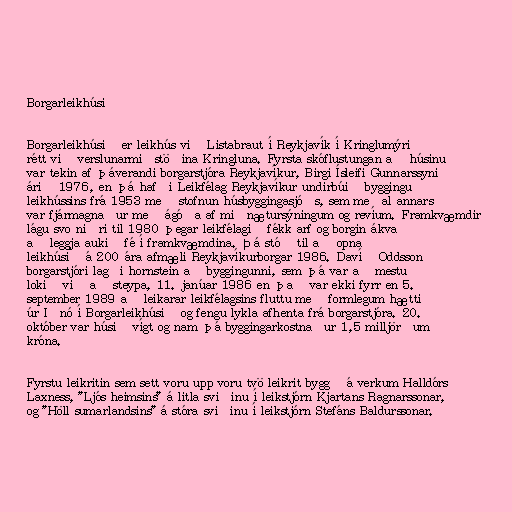
Borgarleikhúsið

Borgarleikhúsið er leikhús við Listabraut í Reykjavík í Kringlumýri
rétt við verslunarmiðstöðina Kringluna. Fyrsta skóflustungan að húsinu
var tekin af þáverandi borgarstjóra Reykjavíkur, Birgi Ísleifi Gunnarssyni
árið 1976, en þá hafði Leikfélag Reykjavíkur undirbúið byggingu
leikhússins frá 1953 með stofnun húsbyggingasjóðs, sem meðal annars
var fjármagnaður með ágóða af miðnætursýningum og revíum. Framkvæmdir
lágu svo niðri til 1980 þegar leikfélagið fékk arf og borgin ákvað
að leggja aukið fé í framkvæmdina. Þá stóð til að opna
leikhúsið á 200 ára afmæli Reykjavíkurborgar 1986. Davíð Oddsson
borgarstjóri lagði hornstein að byggingunni, sem þá var að mestu
lokið við að steypa, 11. janúar 1986 en það var ekki fyrr en 5.
september 1989 að leikarar leikfélagsins fluttu með formlegum hætti
úr Iðnó í Borgarleikhúsið og fengu lykla afhenta frá borgarstjóra. 20.
október var húsið vígt og nam þá byggingarkostnaður 1,5 milljörðum
króna.

Fyrstu leikritin sem sett voru upp voru tvö leikrit byggð á verkum Halldórs
Laxness, "Ljós heimsins" á litla sviðinu í leikstjórn Kjartans Ragnarssonar,
og "Höll sumarlandsins" á stóra sviðinu í leikstjórn Stefáns Baldurssonar.